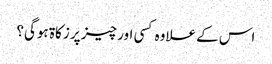
اس کے علاوہ کسی اور چیز پر زکاۃ ہوگی؟